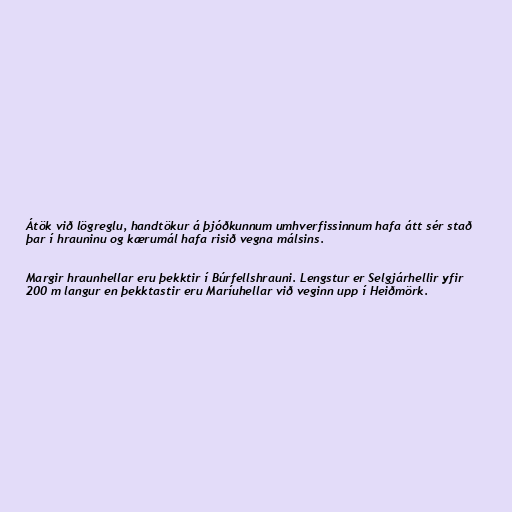
Átök við lögreglu, handtökur á þjóðkunnum umhverfissinnum hafa átt sér stað
þar í hrauninu og kærumál hafa risið vegna málsins.

Margir hraunhellar eru þekktir í Búrfellshrauni. Lengstur er Selgjárhellir yfir
200 m langur en þekktastir eru Maríuhellar við veginn upp í Heiðmörk.